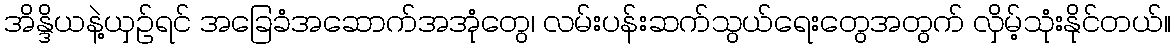
အိန္ဒိယနဲ့ယှဉ်ရင် အခြေခံအဆောက်အအုံတွေ၊ လမ်းပန်းဆက်သွယ်ရေးတွေအတွက် လှိမ့်သုံးနိုင်တယ်။